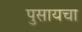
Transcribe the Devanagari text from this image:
पुसायचा